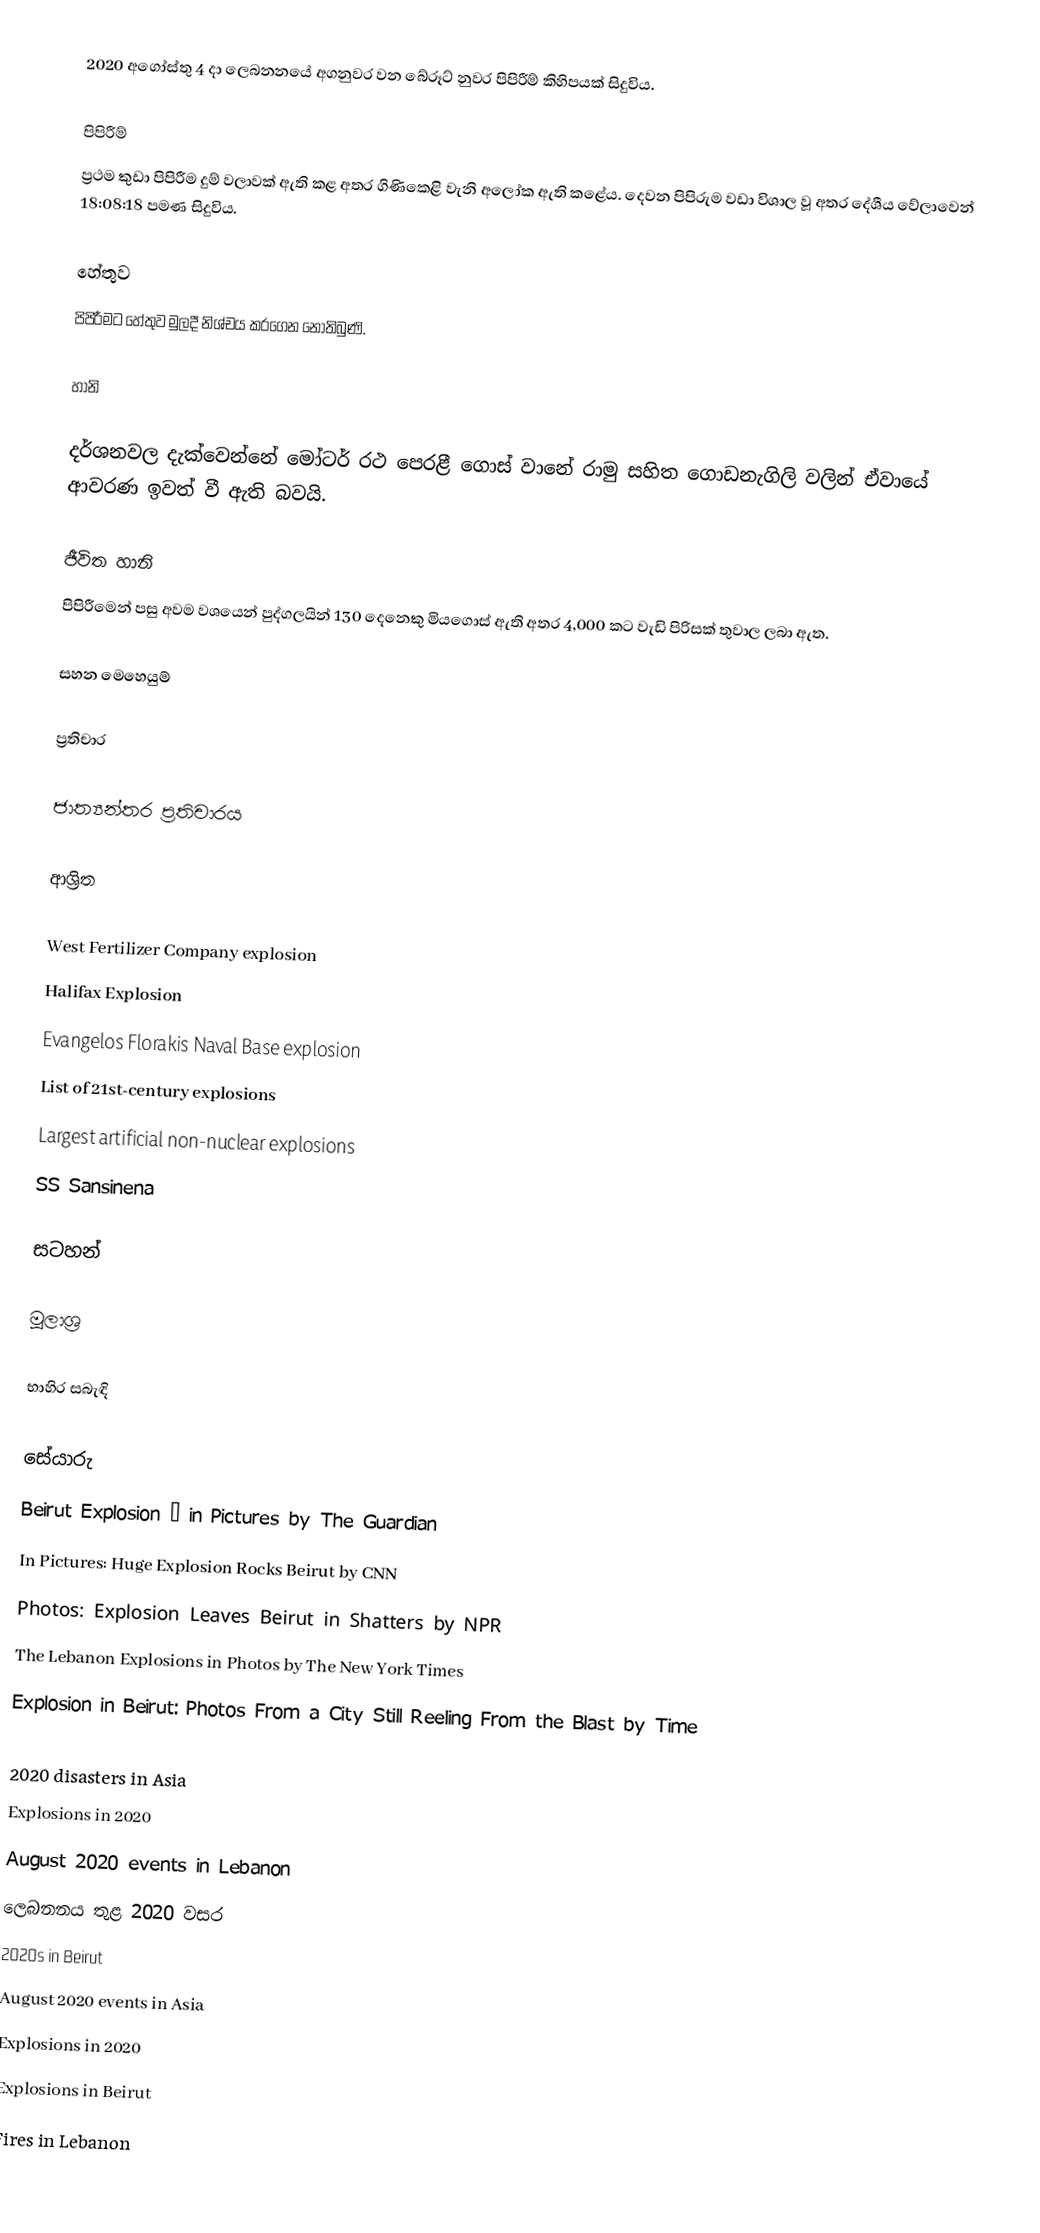
2020 අගෝස්තු 4 දා ලෙබනනයේ අගනුවර වන බේරූට් නුවර පිපිරීම් කිහිපයක් සිදුවිය.

පිපිරීම්
ප්‍රථම කුඩා පිපිරීම දුම් වලාවක් ඇති කළ අතර ගිණිකෙළි වැනි අලෝක ඇති කළේය. දෙවන පිපිරුම වඩා විශාල වූ අතර දේශීය වේලාවෙන් 18:08:18 පමණ සිදුවිය.

හේතුව
පිපිරීමට හේතුව මුලදී නිශ්චය කරගෙන නොතිබුණි.

හානි

දර්ශනවල දැක්වෙන්නේ මෝටර් රථ පෙරළී ගොස් වානේ රාමු සහිත ගොඩනැගිලි වලින් ඒවායේ ආවරණ ඉවත් වී ඇති බවයි.

ජීවිත හානි
පිපිරීමෙන් පසු අවම වශයෙන් පුද්ගලයින් 130 දෙනෙකු මියගොස් ඇති අතර 4,000 කට වැඩි පිරිසක් තුවාල ලබා ඇත.

සහන මෙහෙයුම්

ප්‍රතිචාර

ජාත්‍යන්තර ප්‍රතිචාරය

ආශ්‍රිත

 West Fertilizer Company explosion
 Halifax Explosion
 Evangelos Florakis Naval Base explosion
 List of 21st-century explosions
 Largest artificial non-nuclear explosions
 SS Sansinena

සටහන්

මූලාශ්‍ර

භාහිර සබැඳි

සේයාරු
 Beirut Explosion – in Pictures by The Guardian
 In Pictures: Huge Explosion Rocks Beirut by CNN
 Photos: Explosion Leaves Beirut in Shatters by NPR
 The Lebanon Explosions in Photos by The New York Times
 Explosion in Beirut: Photos From a City Still Reeling From the Blast by Time

2020 disasters in Asia
Explosions in 2020
August 2020 events in Lebanon
ලෙබනනය තුළ 2020 වසර
2020s in Beirut
August 2020 events in Asia
Explosions in 2020
Explosions in Beirut
Fires in Lebanon